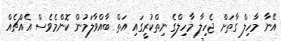
އޭނާ މާހިލް ގާތަށް ޖެހިލާ މާހިލްގެ ނިތްކުރީގައި އަތް ބާއްވާލަމުން ކޮންމެވެސް އެއްޗެއް